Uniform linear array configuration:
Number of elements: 24
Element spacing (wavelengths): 0.75
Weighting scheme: exponential
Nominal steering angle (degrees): -45
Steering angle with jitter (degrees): -46.895
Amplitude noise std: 0.05
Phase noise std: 0.05

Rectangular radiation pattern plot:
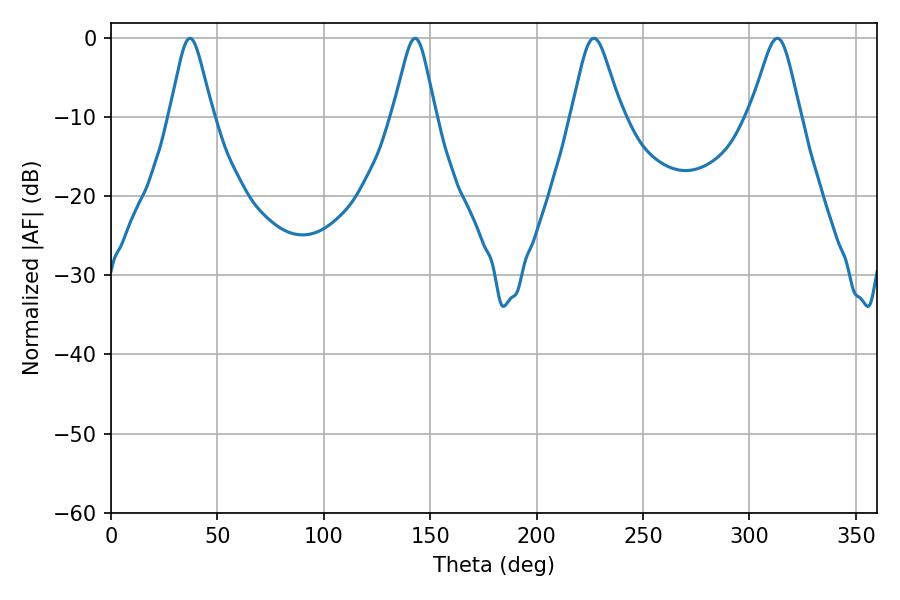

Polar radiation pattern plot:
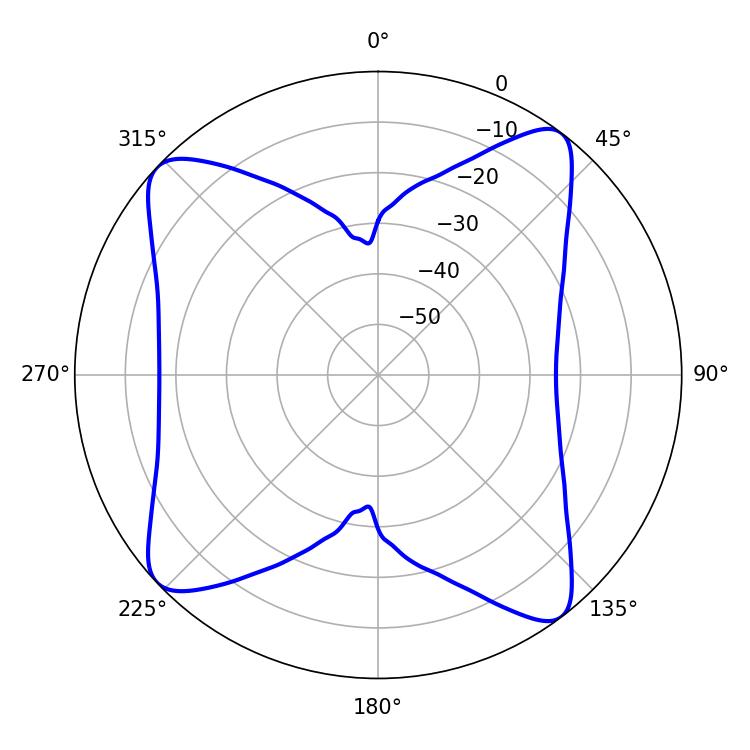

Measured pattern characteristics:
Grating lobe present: TRUE
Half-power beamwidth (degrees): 9.72
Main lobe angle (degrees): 37.08